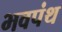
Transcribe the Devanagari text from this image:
भवपंथ